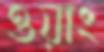
ওয়াং